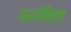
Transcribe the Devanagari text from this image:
परमिता